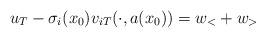
LaTeX: \begin{align*}u_T - \sigma_i(x_0) v_{iT}(\cdot, a(x_0)) =w_< + w_>\end{align*}